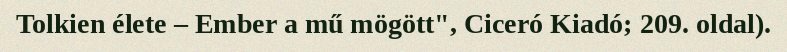
Tolkien élete – Ember a mű mögött", Ciceró Kiadó; 209. oldal).